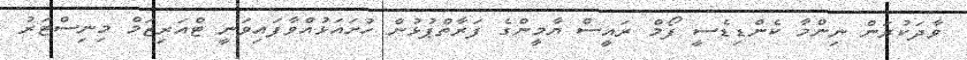
ވާދަކުރަން ނިންމާ ކެންޑިޑެސީ ފޯމް ރަައީސް ޔާމީންގެ ފަރާތްޕުޅުން ހުށައަޅުއްވާފަައިވަނީ ޓްއަރިޒަމް މިނިސްޓަރު